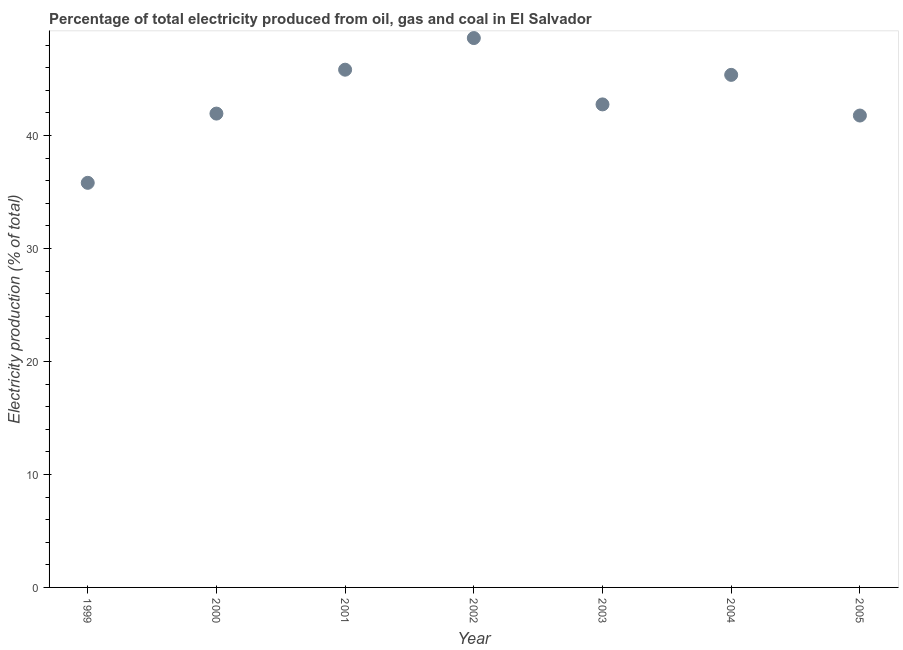
| Year | Electricity production |
 | --- | --- |
 | 1999 | 35.8 |
 | 2000 | 41.9 |
 | 2001 | 45.8 |
 | 2002 | 48.6 |
 | 2003 | 42.7 |
 | 2004 | 45.4 |
 | 2005 | 41.8 |